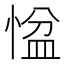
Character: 𢞂